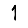
Digit: 1